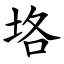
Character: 垎